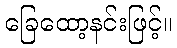
ခြေထော့နင်းဖြင့်။